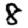
Digit: 8